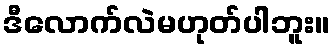
ဒီလောက်လဲမဟုတ်ပါဘူး။